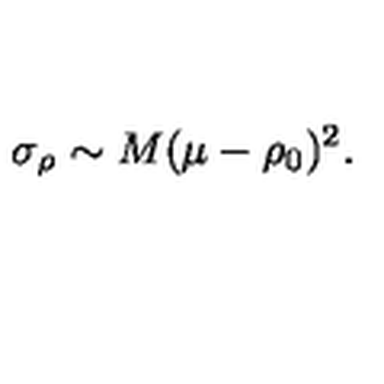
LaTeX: \sigma _ { \rho } \sim M ( \mu - \rho _ { 0 } ) ^ { 2 } .